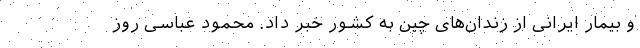
و بیمار ایرانی از زندان‌های چین به کشور خبر داد. محمود عباسی روز